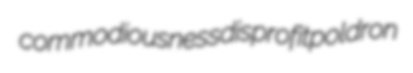
commodiousness disprofit poldron